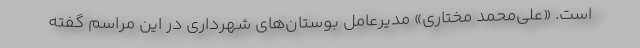
است. «علي‌محمد مختاري» مديرعامل بوستان‌هاي شهرداري در اين مراسم گفته